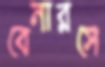
বেনারসে